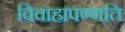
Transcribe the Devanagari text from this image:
विवाहापण्णति